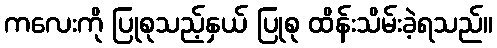
ကလေးကို ပြုစုသည့်နှယ် ပြုစု ထိန်းသိမ်းခဲ့ရသည်။